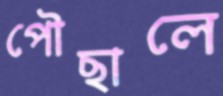
পৌছালে